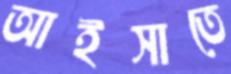
আইসাতে